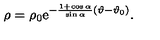
\rho = \rho _ { 0 } \mathrm { e } ^ { - { \frac { 1 + \cos \alpha } { \sin \alpha } } ( \vartheta - \vartheta _ { 0 } ) } .